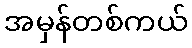
အမှန်တစ်ကယ်